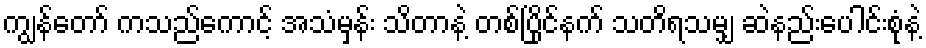
ကျွန်တော် ကသည်ကောင့် အသံမှန်း သိတာနဲ့ တစ်ပြိုင်နက် သတိရသမျှ ဆဲနည်းပေါင်းစုံနဲ့